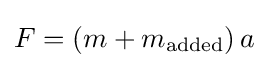
F=(m+m_{\text{added}})\,a